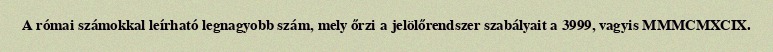
A római számokkal leírható legnagyobb szám, mely őrzi a jelölőrendszer szabályait a 3999, vagyis MMMCMXCIX.